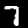
Digit: 7